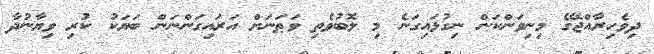
ދިވެހިރާއްޖޭގެ މިނިވަންކަން ނިގުޅައިގަނެ މި ލޮބުވެތި ވަޠަނަށް އަރައިގަންނަން ބަޔަކު ކުރި ވިޔާނުދާ